General report no. 6 on the lunatic asylums, vaccination and dispensaries in the Bengal Presidency, 1873 -
Year: 1873
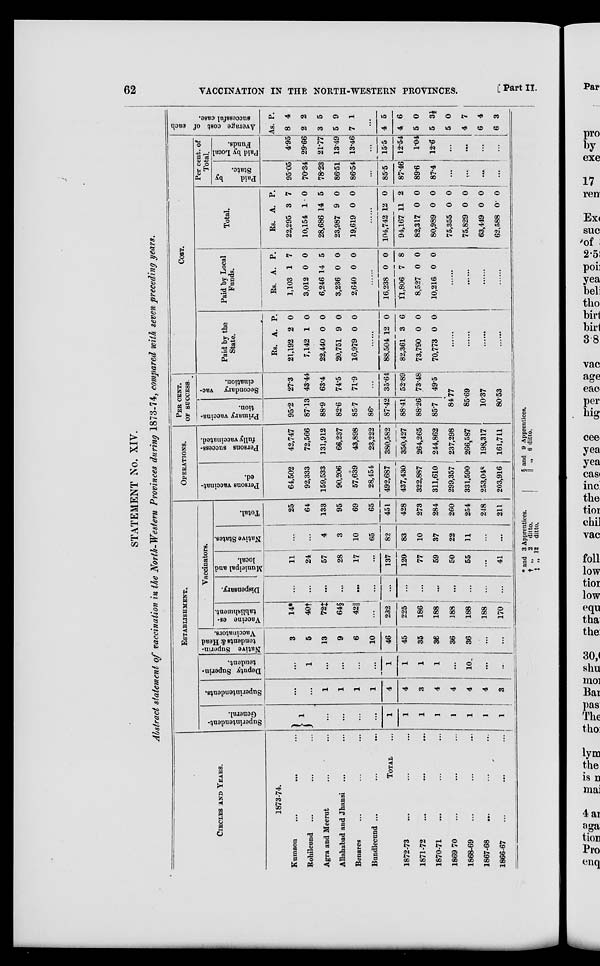
62
VACCINATION IN THE NORTH-WESTERN PROVINCES.
[ Part II.
STATEMENT No. XIV.
Abstract statement of vaccination in the North-Western Provinces during 1873-74, compared with seven preceding years.
CIRCELS AND YEARS.
1873-74.
Kumaon ... ... ...
Rohilcund ... ... ...
Agra and Meerut ... ...
Allahabad and Jhansi ... ...
Benares ... ... ...
Bnndlecund ... ... ...
TOTAL ...
1872-73 ... ... ...
1871-72 ... ... ...
1870-71 ... ... ...
1869 70 ... ... ...
1868-69 ... ... ...
1867-68 ... ... ...
1866-67
...
...
...
ESTABLISHMNET.
Superintendent-
General.
...
...
...
...
...
1
1
1
1
1
1
1
1
Superintendents.
...
...
1
1
1
1
4
4
3
4
4
4
4
3
Deputy Superin-
tendent.
...
1
...
...
...
...
1
1
1
1
...
10
...
...
Native Superin-
tendents & Head
Vaccinators.
3
5
13
9
6
10
46
45
35
36
36
36
...
...
Vaccinators.
Vaccine es-
tablishment.
14*
40†
73‡
64§
42||
...
232
225
186
188
188
188
188
170
Dispensary.
...
...
...
...
...
...
...
...
...
...
...
...
...
...
Municipal and
local.
11
24
57
28
17
...
137
120
77
59
50
55
...
41
Native States.
...
...
4
3
10
65
82
83
10
37
22
11
...
...
Total.
25
64
133
95
69
65
451
428
273
284
260
254
248
211
OPERATIONS.
Persons vaccinat-
ed.
64,502
92,333
159,533
90,206
57,639
28,454
492,687
437,430
322,887
311,610
299,357
331,590
253,048
203,916
Persons success-
fully vaccinated.
42,747
72,566
131,912
66,237
43,898
23,222
380,582
350,427
264,265
244,862
237,298
266,587
198,317
161,711
PER CENT.
OF SUCCESS.
Primary vaccina-
tion.
95.2
87.13
88.9
82.6
85.7
86.
87.42
88.41
88.26
85.7
Secondary vac-
cination.
27.3
43.44
63.4
74.5
71.9
...
35.64
52.89
73.48
49.5
84.77
85.69
10.37
80.53
COST.
Paid by the
State.
Rs.
21,192
7,142
22,440
20,751
16,979
A.
2
1
0
9
0
P.
0
0
0
0
0
......
88,504
82,361
73,790
70,773
12
3
0
0
0
6
0
0
......
......
......
......
Paid by Local
Funds.
Rs.
1,103
3,012
6,246
3,236
2,640
A.
1
0
14
0
0
P.
7
0
5
0
0
......
16,238
11,806
8,527
10,216
0
7
0
0
0
8
0
0
......
......
......
......
Total.
Rs.
22,295
10,154
28,686
23,987
19,619
A.
3
1
14
9
0
P.
7
0
5
0
0
......
104,742
94,167
82,317
80,989
75,355
75.829
63,449
62,588
12
11
0
0
0
0
0
0
0
2
0
0
0
0
0
0
Per cent. of
Total.
Paid
by
State.
95.05
70.34
78.23
86.51
86.54
...
85.5
87.46
89.6
87.4
...
...
...
...
Paid by Local
Funds.
4.95
29.66
21.77
13.49
13.46
...
15.5
12.54
1.04
12.6
...
...
...
...
Average cost of each
successful case.
As.
8
2
3
5
7
P.
4
2
5
9
1
...
4
4
5
5
5
4
6
6
5
6
0
3½
0
7
4
3
* and 3 Apprentices.
† „ 2 ditto.
‡ „ 12 ditto.
§ and 9 Apprentices.
|| „ 6 ditto.